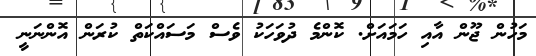
މަހުން ޖޫން އާއި ހަމައަށް. ކޮންމެ ދުވަހަކު ވެސް މަސައްކަތް ކުރަން އޮންނަނީ